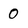
Character: 0